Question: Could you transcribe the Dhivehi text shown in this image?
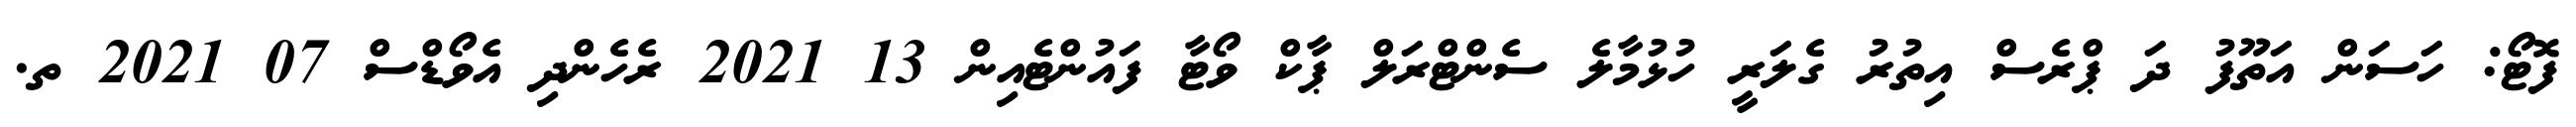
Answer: ފޮޓޯ: ހަސަން އަތޫފު ދަ ޕްރެސް އިތުރު ގެލަރީ ހުޅުމާލެ ސެންޓްރަލް ޕާކް ވޯޓާ ފައުންޓެއިން 13 2021 ރެހެންދި އެވޯޑްސް 07 2021 ތ.